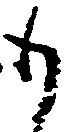
も